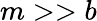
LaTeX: m>>b